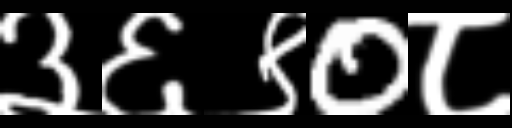
Text: ३६९0८